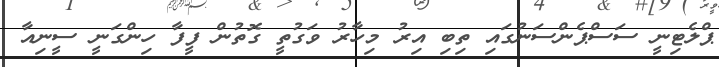
ޕްލެޓިނީ ސަސްޕެންސަނުގައި ތިބި އިރު މިހާރު ވަގުތީ ގޮތުން ފީފާ ހިންގަނީ ސީނިއާ